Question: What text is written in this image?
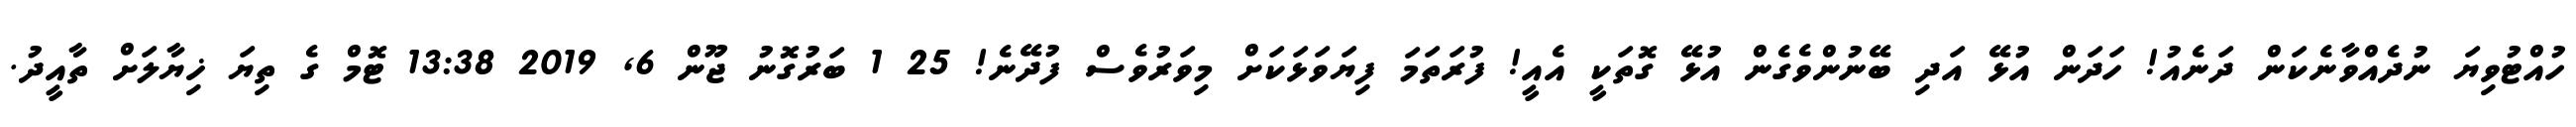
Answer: ހުއްޓުވިޔަ ނުދެއްވާނެކަން ދަނެއު! ހަދަން އުޅޭ އަދި ބޭނުންވެގެން އުޅޭ ގޮތަކީ އެއީ! ފުރަތަމަ ފިޔަވަޅަކަށް މިވަރުވެސް ފުދޭނެ! 25 1 ބަރުގޮނު ޖޫން 6, 2019 13:38 ޓޮމް ގެ ތިޔަ ޚިޔާލަށް ތާއީދު.